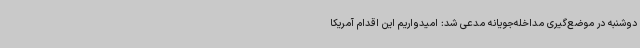
دوشنبه در موضع‌گیری مداخله‌جویانه مدعی شد: امیدواریم این اقدام آمریکا